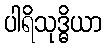
ပါရိသုဒ္ဓိယာ